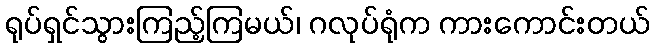
ရုပ်ရှင်သွားကြည့်ကြမယ်၊ ဂလုပ်ရုံက ကားကောင်းတယ်